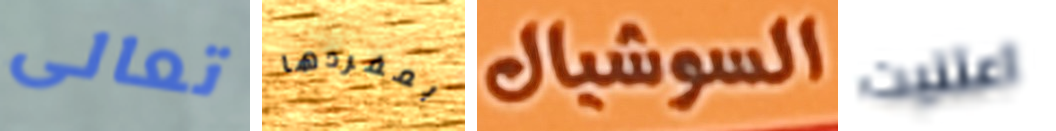
تعالى بمفردها السوشيال اعتنيت